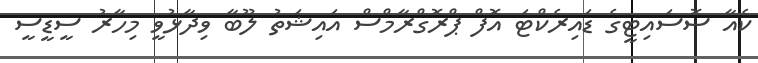
ކެއާ ސޮސައިޓީގެ ޑައިރެކްޓަ އޮފް ޕްރޮގްރާމްސް އައިޝަތު ލޫބާ ވިދާޅުވީ މިހާރު ސީޑީސީ